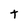
Character: t